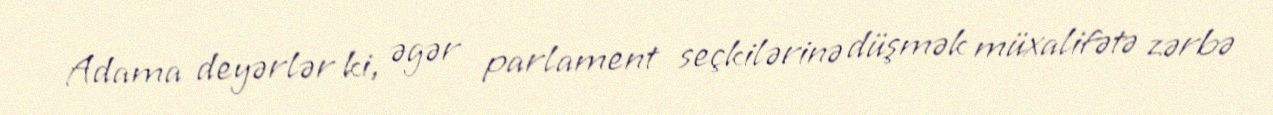
Adama deyərlər ki, əgər parlament seçkilərinə düşmək müxalifətə zərbə